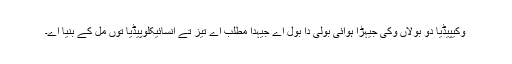
وکیپیڈیا دو بولاں وکی جیہڑا ہوائی بولی دا بول اے جیہدا مطلب اے تیز تے انسائیکلوپیڈیا توں مل کے بنیا اے۔